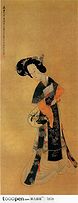
十里青山远，潮平路带沙。数声啼鸟怨年华。